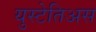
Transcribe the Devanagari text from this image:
युस्टेतिअस